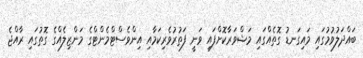
ބައްދަލުވުމުގައި މައިގަނޑު ގޮތެއްގައި މަޝްވަރާކޮށްފައި ވަނީ ފަތުރުވެރިކަމާއި އިންވެސްޓްމެންޓްގެ މަންޒިލެއްގެ ގޮތުގައި ރާއްޖެ